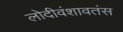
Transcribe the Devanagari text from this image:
लोदीवंशावतंस